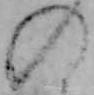
の